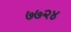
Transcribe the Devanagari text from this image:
७७२४